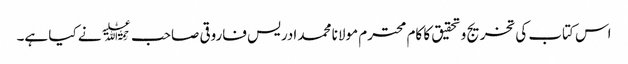
اس کتاب کی تخریج وتحقیق کا کام محترم مولانا محمد ادریس فاروقی صاحب ﷫نے کیا ہے۔